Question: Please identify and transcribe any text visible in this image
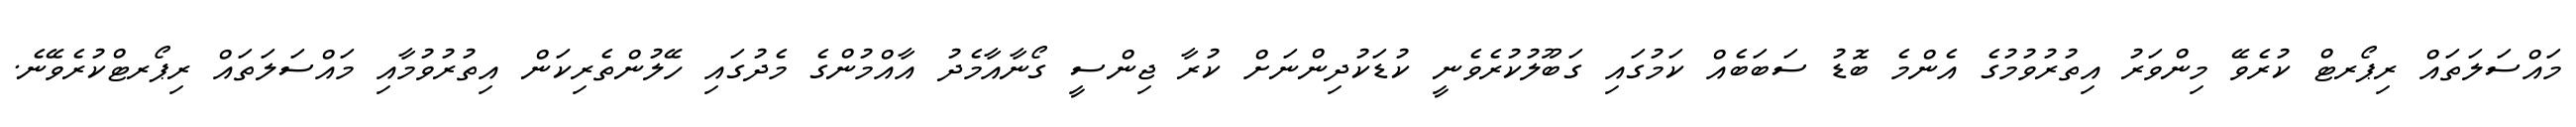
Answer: މައްސަލަތައް ރިޕޯރޓް ކުރެވޭ މިންވަރު އިތުރުވުމުގެ އެންމެ ބޮޑު ސަބަބެއް ކަމުގައި ގަބޫލުކުރެވެނީ ކުޑަކުދިންނަށް ކުރާ ޖިންސީ ގޯނާއާމެދު އާއްމުންގެ މެދުގައި ހޭލުންތެރިކަން އިތުރުވުމާއި މައްސަލަތައް ރިޕޯރޓްކުރެވޭނެ.